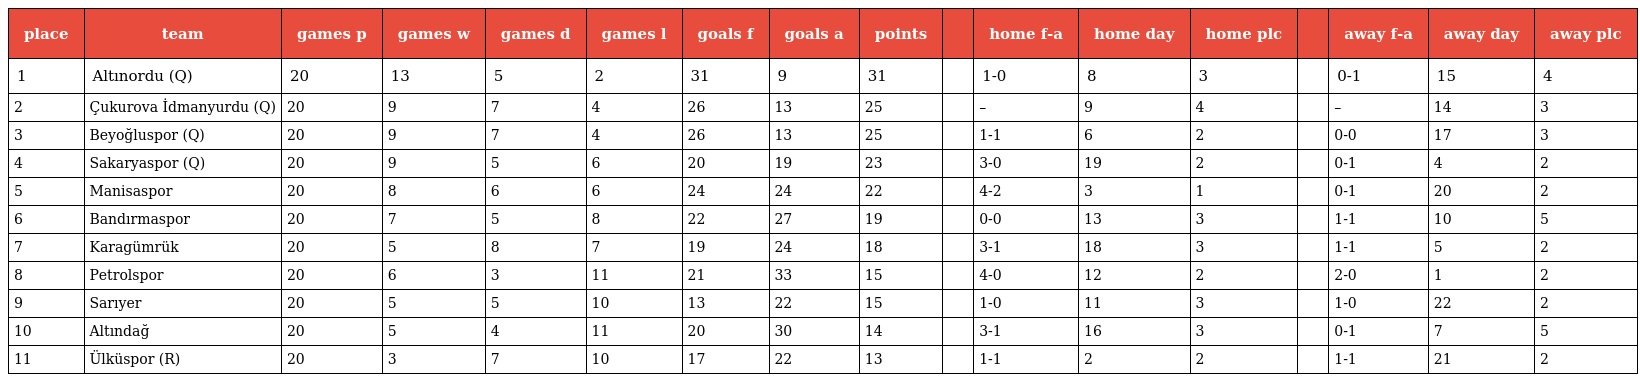
| place | team | games p | games w | games d | games l | goals f | goals a | points |  | home f-a | home day | home plc |  | away f-a | away day | away plc |
 | --- | --- | --- | --- | --- | --- | --- | --- | --- | --- | --- | --- | --- | --- | --- | --- | --- |
 | 1 | Altınordu (Q) | 20 | 13 | 5 | 2 | 31 | 9 | 31 |  | 1-0 | 8 | 3 |  | 0-1 | 15 | 4 |
 | 2 | Çukurova İdmanyurdu (Q) | 20 | 9 | 7 | 4 | 26 | 13 | 25 |  | – | 9 | 4 |  | – | 14 | 3 |
 | 3 | Beyoğluspor (Q) | 20 | 9 | 7 | 4 | 26 | 13 | 25 |  | 1-1 | 6 | 2 |  | 0-0 | 17 | 3 |
 | 4 | Sakaryaspor (Q) | 20 | 9 | 5 | 6 | 20 | 19 | 23 |  | 3-0 | 19 | 2 |  | 0-1 | 4 | 2 |
 | 5 | Manisaspor | 20 | 8 | 6 | 6 | 24 | 24 | 22 |  | 4-2 | 3 | 1 |  | 0-1 | 20 | 2 |
 | 6 | Bandırmaspor | 20 | 7 | 5 | 8 | 22 | 27 | 19 |  | 0-0 | 13 | 3 |  | 1-1 | 10 | 5 |
 | 7 | Karagümrük | 20 | 5 | 8 | 7 | 19 | 24 | 18 |  | 3-1 | 18 | 3 |  | 1-1 | 5 | 2 |
 | 8 | Petrolspor | 20 | 6 | 3 | 11 | 21 | 33 | 15 |  | 4-0 | 12 | 2 |  | 2-0 | 1 | 2 |
 | 9 | Sarıyer | 20 | 5 | 5 | 10 | 13 | 22 | 15 |  | 1-0 | 11 | 3 |  | 1-0 | 22 | 2 |
 | 10 | Altındağ | 20 | 5 | 4 | 11 | 20 | 30 | 14 |  | 3-1 | 16 | 3 |  | 0-1 | 7 | 5 |
 | 11 | Ülküspor (R) | 20 | 3 | 7 | 10 | 17 | 22 | 13 |  | 1-1 | 2 | 2 |  | 1-1 | 21 | 2 |